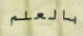
بالعلم